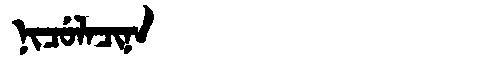
Manchu: ᠨᡳᠴᡠᠯᠠᠴᡳᠨᠠ
Romanization: NICULACINA